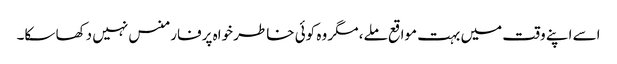
اسے اپنے وقت میں بہت مواقع ملے، مگر وہ کوئی خاطر خواہ پرفارمنس نہیں دکھا سکا۔